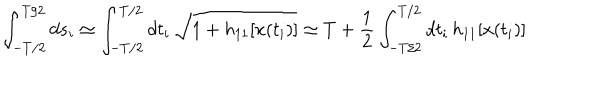
LaTeX: \int _ { - T / 2 } ^ { T / 2 } d s _ { i } \simeq \int _ { - T / 2 } ^ { T / 2 } d t _ { i } \, \sqrt { 1 + h _ { 1 1 } [ x ( t _ { i } ) ] } \simeq T + \frac { 1 } { 2 } \int _ { - T / 2 } ^ { T / 2 } d t _ { i } \, h _ { 1 1 } [ x ( t _ { i } ) ]